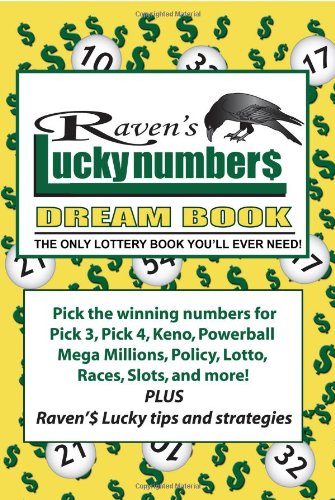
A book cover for Raven's Lucky Numbers Dream Book: The Only Lottery Book You'll Ever Need; Raven Willowmagic; Humor & Entertainment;